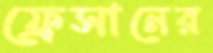
ফ্রেসানের